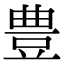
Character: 豊